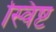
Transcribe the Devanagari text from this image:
स्विष्ट